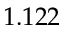
1 . 1 2 2